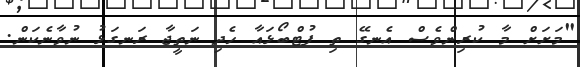
"މަށަށް މާ ކުރިންވެސް އެނގޭ ތި ފުޓްބޯޅައާ ހެދި ނަތީޖާ ރަނގަޅު ނުވާނެކަން.